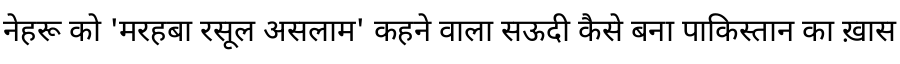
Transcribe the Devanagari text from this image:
नेहरू को 'मरहबा रसूल असलाम' कहने वाला सऊदी कैसे बना पाकिस्तान का ख़ास